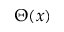
\Theta ( x )